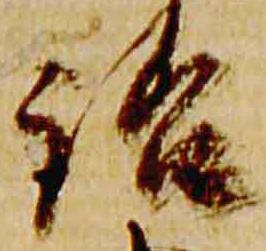
訟